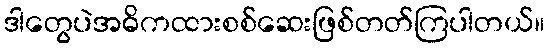
ဒါတွေပဲအဓိကထားစစ်ဆေးဖြစ်တတ်ကြပါတယ်။